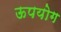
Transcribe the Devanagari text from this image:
ऊपयोग